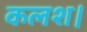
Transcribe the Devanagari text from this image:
कलश।